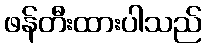
ဖန်တီးထားပါသည်